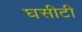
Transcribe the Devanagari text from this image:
घसीटी